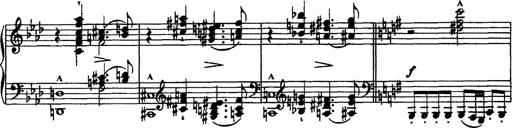
Title: Piano Sonata
Composer: Karl HÃ¤ssler
Key: C major